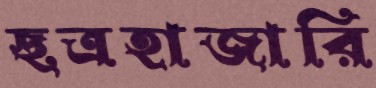
ছত্রহাজারি